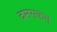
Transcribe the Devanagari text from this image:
दमसकस